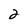
Character: 2